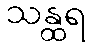
သန္ထရ